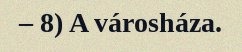
– 8) A városháza.